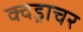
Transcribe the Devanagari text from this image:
क्वड्राचर